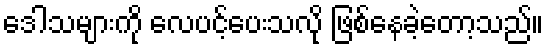
ဒေါသများကို လေပင့်ပေးသလို ဖြစ်နေခဲ့တော့သည်။